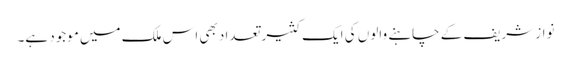
نواز شریف کے چاہنے والوں کی ایک کثیر تعداد بھی اس ملک میں موجود ہے۔